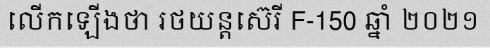
លើកឡើងថា រថយន្តស៊េរី F-150 ឆ្នាំ ២០២១